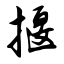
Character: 揠